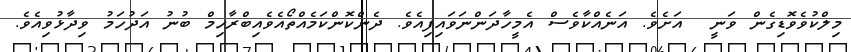
މިލްކުވެވޮޑިގެން ވަނީ  އަށެވެ. އަނެއްކާވެސް އެމީހާދަންނަވައިފިއެވެ. ދެންކޮންކަމެއްތޯއެވެއިބްރާހިމް ބުނު އަދުހަމު ވިދާޅުވިއެވެ.